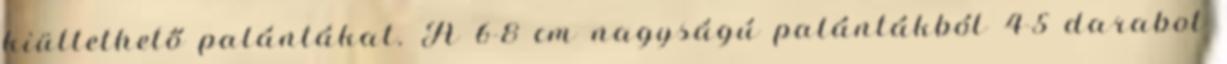
kiültethető palántákat. A 6-8 cm nagyságú palántákból 4-5 darabot